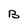
Character: B